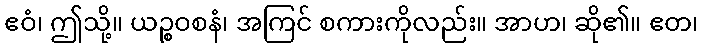
ဧဝံ၊ ဤသို့။ ယဉ္စဝစနံ၊ အကြင် စကားကိုလည်း။ အာဟ၊ ဆို၏။ ဧတ၊